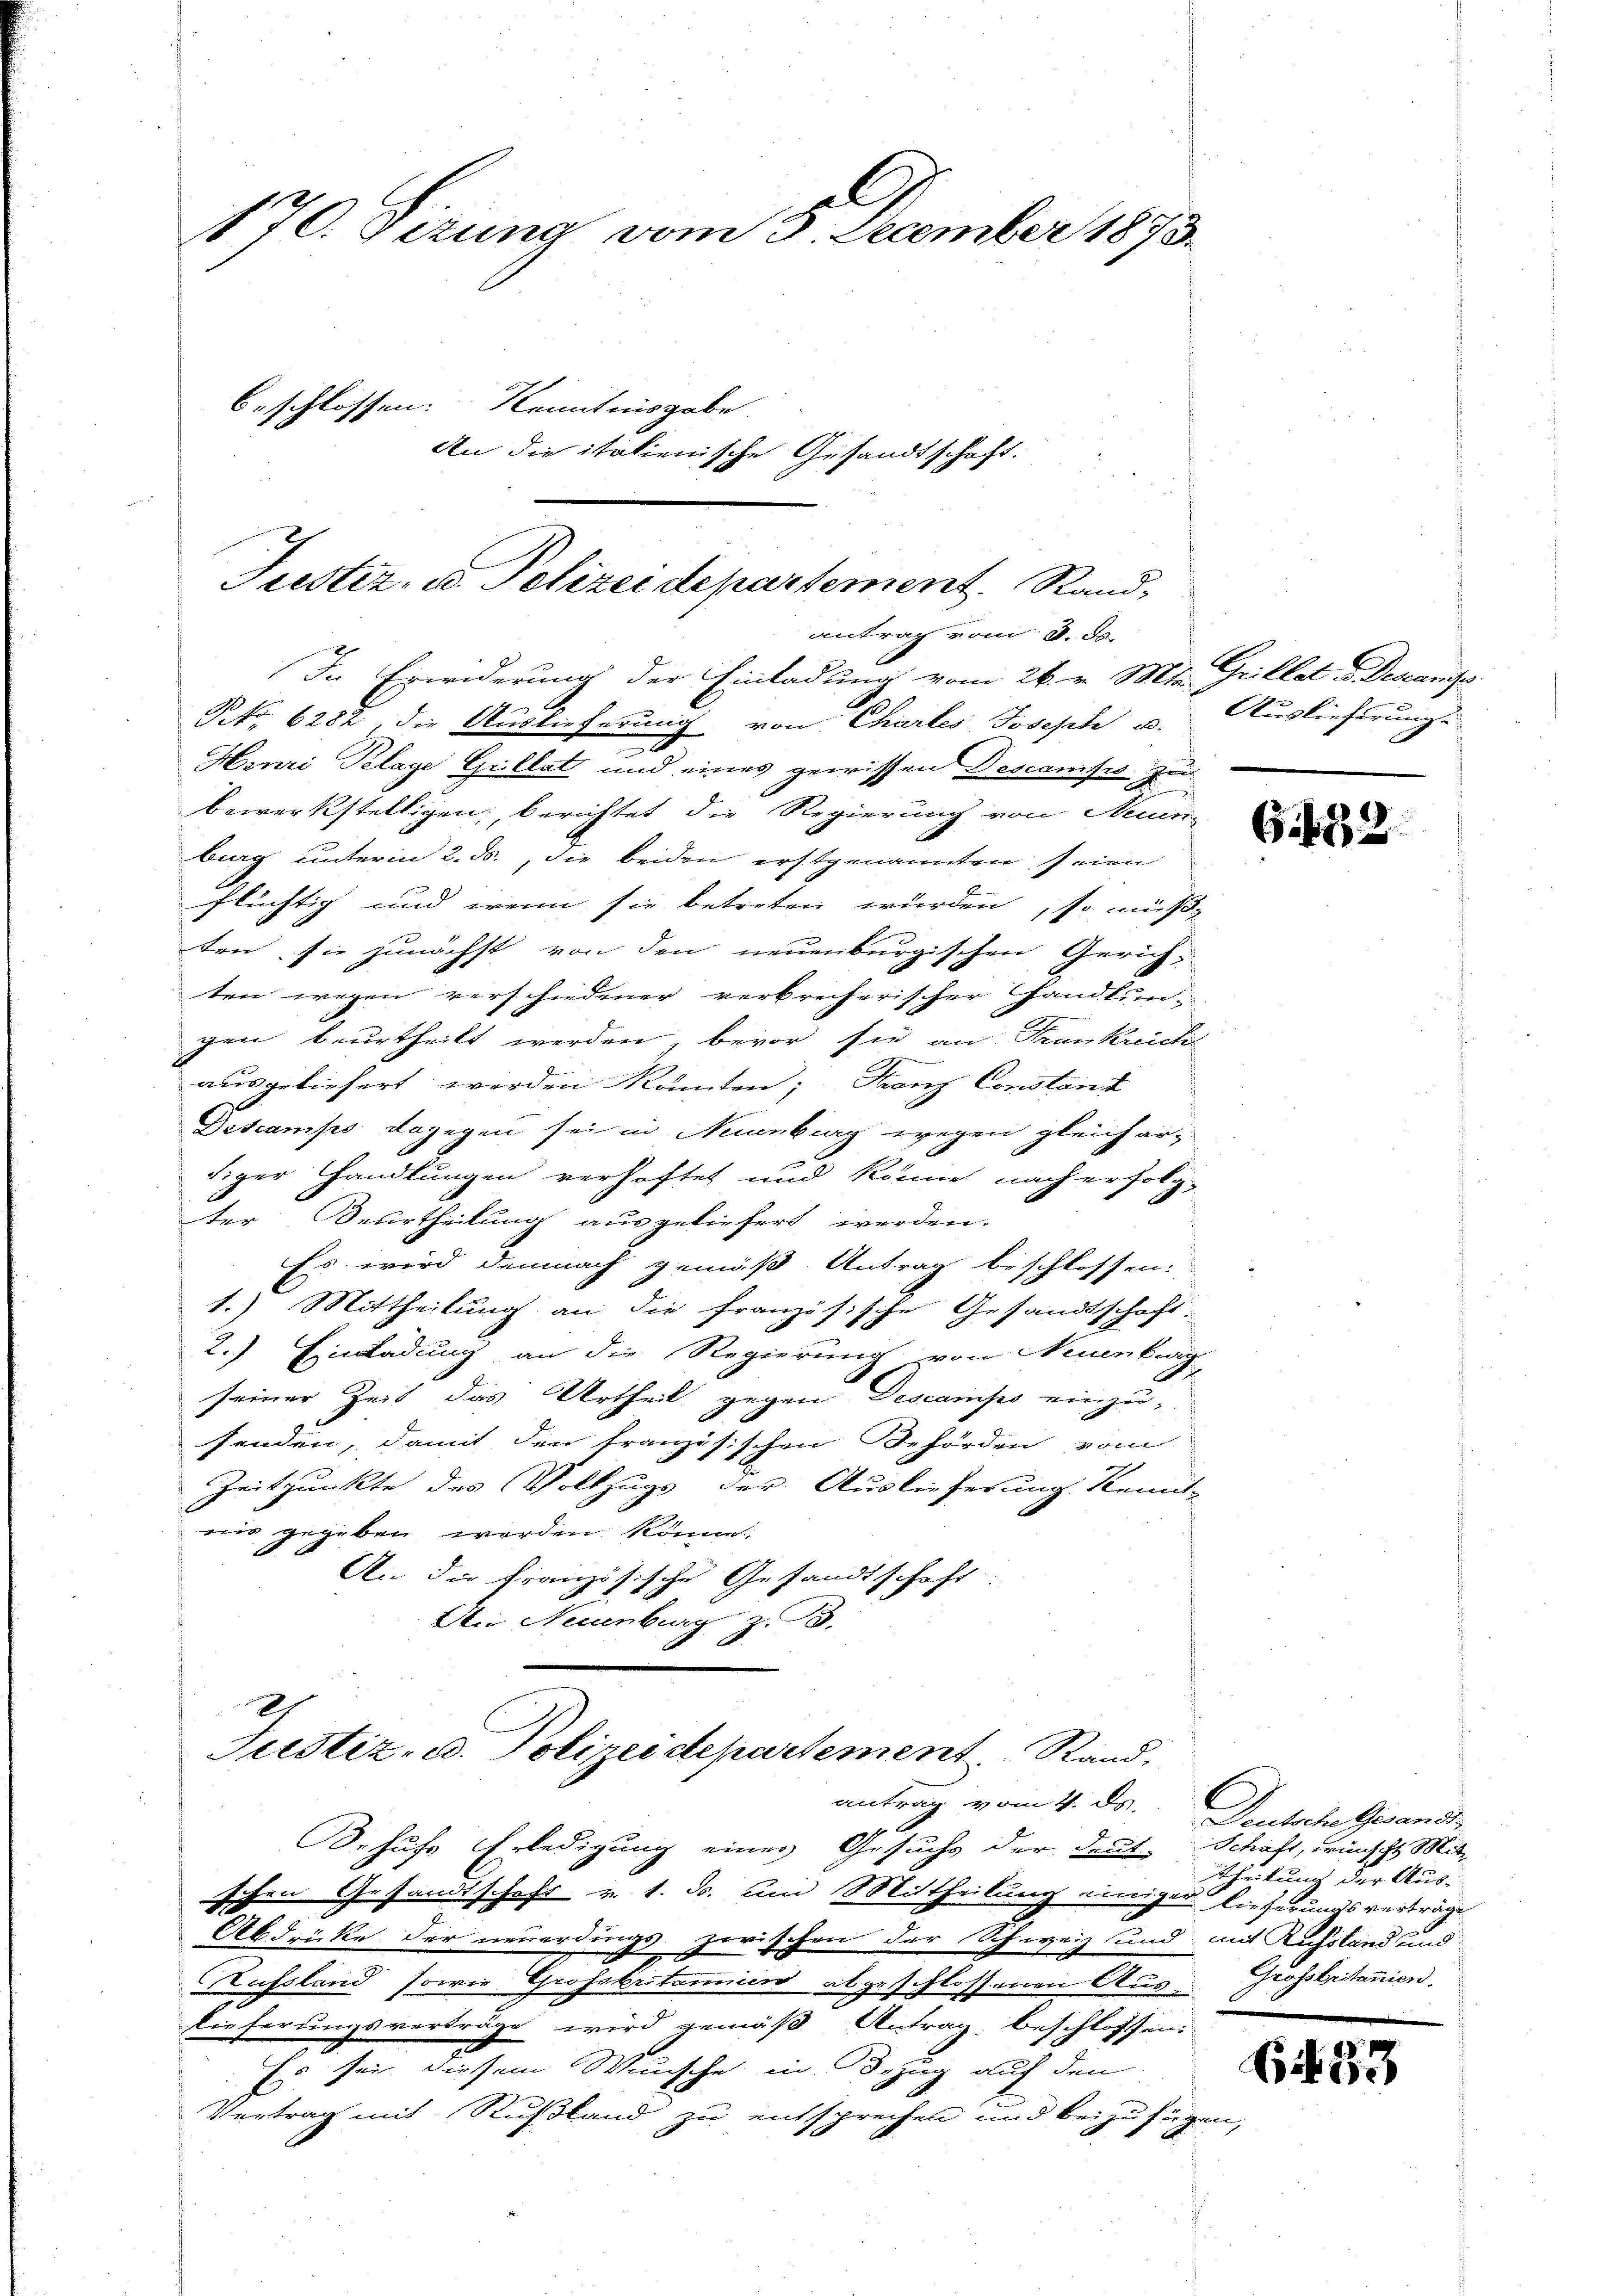
170. Sizung vom 5. December 1873.
beschlossen: Kenntnisgabe
An die italienische Gesandtschaft.

antrag vom 3. ds.
In Erwiderung der Einladung vom 26. v. Mts. Grillet v. Descenzs
g
Po. 6282, die Auslieferung von Chartes Joseph u. Auslieferung
.
Henri Pelage Gillat und eines gewissen Descanifes zu
bewerkstelligen, berichtet die Regierung von Neuen-
burg unterm 2. ds., die beiden erstgenannten seien
flüchtig und wenn sie betreten würden, so müß
ten sie zunächst von den neuenburgischen Gerichten wegen verschiedener verbrecherischer Handlungen beurtheilt werden, bevor sie an Frankrich
ausgeliefert werden könnten; Franz Constand
Descamps dagegen sei in Neuenburg wegen gleich ar-
siger Handlungen verhaftet und könne nach erfolg-
ter Beurtheilung ausgeliefert werden.
Es wird demnach gemäß Antrag beschlossen:
1.) Mittheilung an die französische Gesandtschaft.
2.) Einladung an die Regierung von Neuenburg
seiner Zeit das Urtheil gegen Descamps einzu-
senden, damit den französischen Behörden vom
Zeitpunkte des Vollzugs der Auslieferung Kennt-
nis gegeben werden könne.
A die französische Gesandtschaft.
Den Neuenburg z. B.
Justiz, u. Polizeidepartement Rand,
antrag vom 4. ds.
Sehufs Erledigung einer Gesuchs der deut. Schaft, wünscht Mit-
schen Gesandtschaft v. 1. ds. um Mittheilung einiger Lieferungsverträge
Abdrücke der neuerdings zwischen der Schweiz und mit Russland und
Aufsland sowie Grossbritanii abgeschlossenen Aus Großbritanien.
Dieferungsverträge wird gemäß Antrag beschlossen:
Es sei diesem Wunsche in Bezug auf den
Vertrag mit Rußland zu entsprechen und beizufügen,

Tuster, u. Polizeidepartement. Sand¬

G152

Deutsche Gesandt
Theilung der Aus-

6453